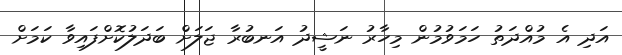
އަދި އެ މުއްދަތު ހަމަވުމުން މިހާރު ނަޝީދު އަނބުރާ ޖަލަށް ބަދަލުކޮށްފައިވާ ކަމަށް